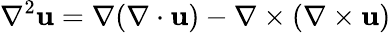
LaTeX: \nabla^{2}\boldsymbol{\mathbf{u}}=\nabla(\nabla\cdot\boldsymbol{\mathbf{u}})-\nabla\times(\nabla\times\boldsymbol{\mathbf{u}})